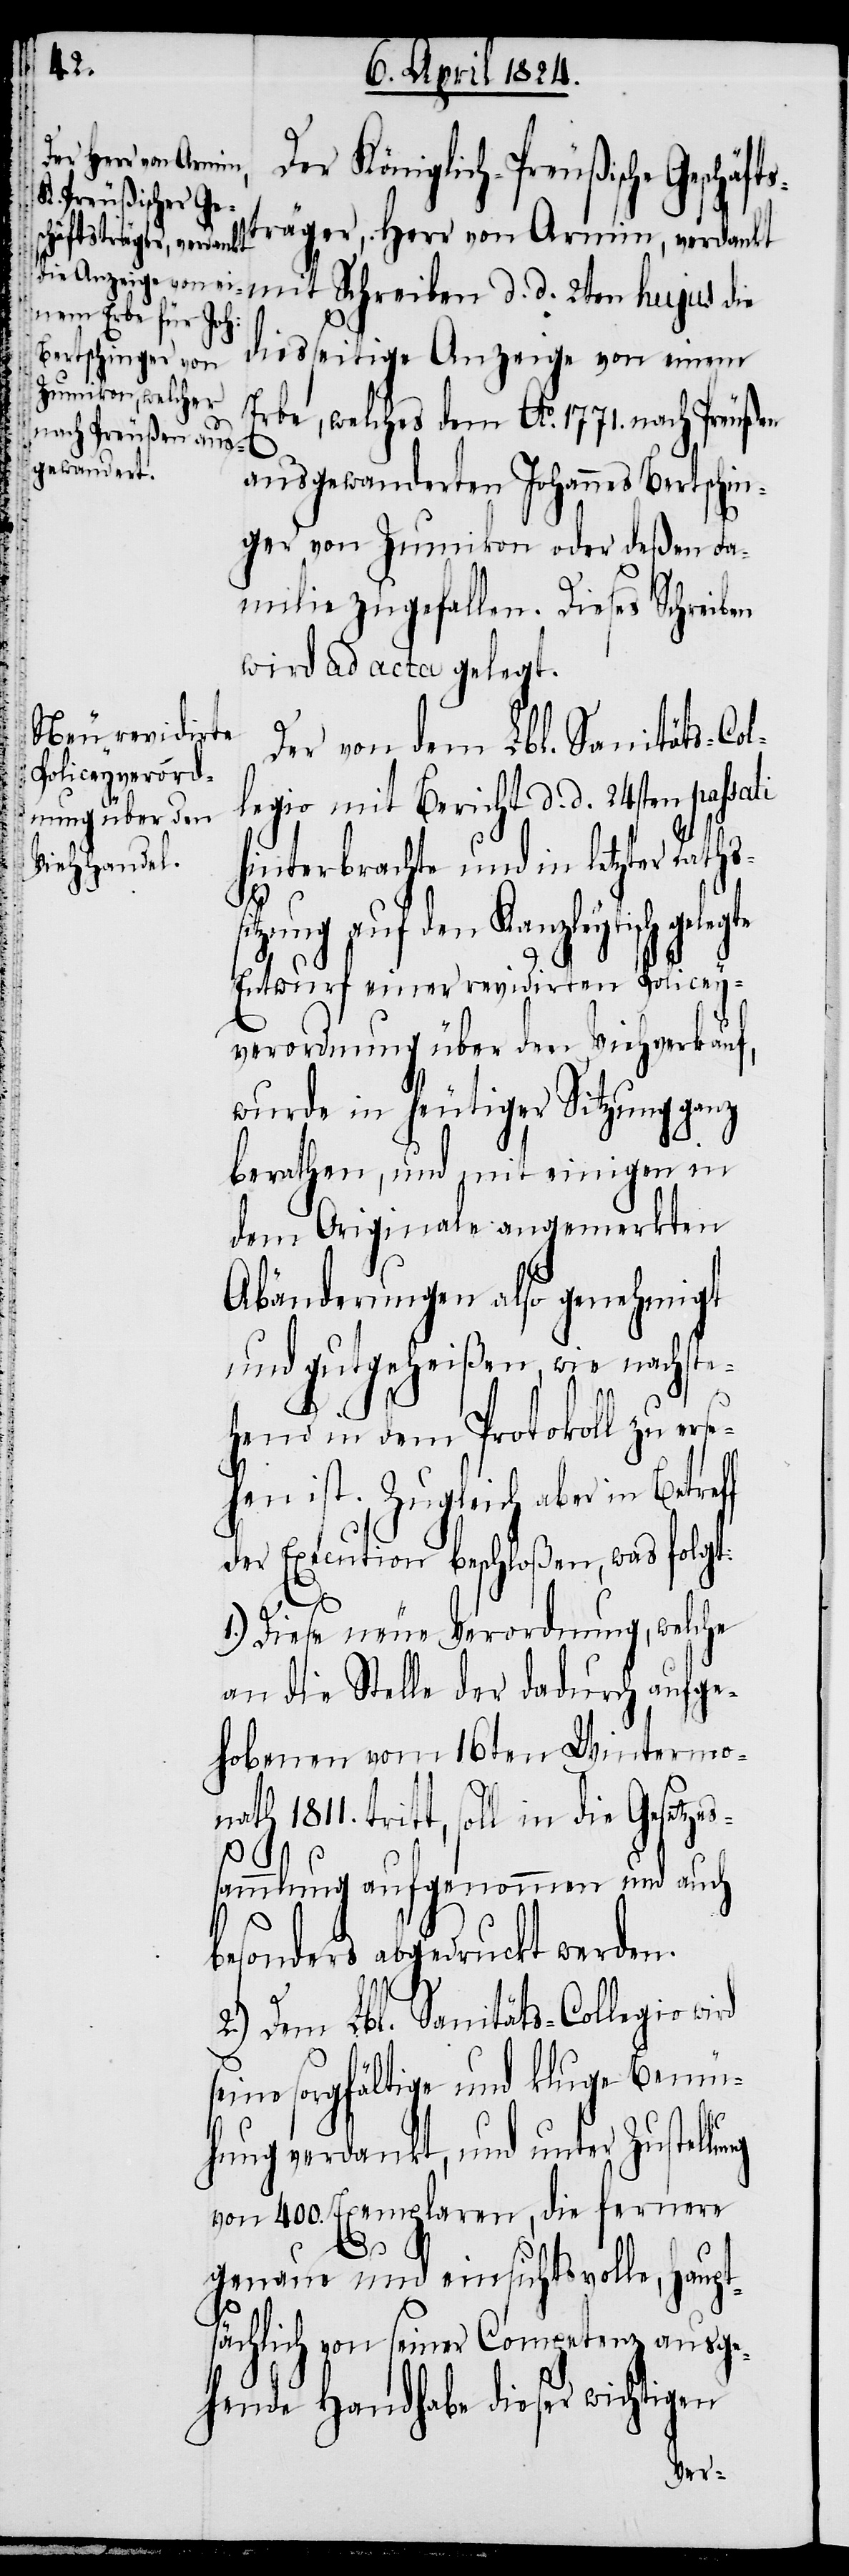
Der Königlich-Preußische Geschäf¬
räger, Herr von Armin, verdankt
mit Schreiben d. d. 2ten hujus die
diesseitige Anzeige von einem
Erbe, welches dem Ao. 1771. nach Preußen
ausgewanderten Johannes Bertschin¬
ger von Zumikon oder deßen Fa¬
milie zugefallen. Dieses Schreiben
wird ad acta gelegt.
Der von dem Lbl. Sanitäts-Col¬
legio mit Bericht d. d. 24sten passati
hinterbrachte und in letzter Rath¬
tzung auf den Kanzleytisch
Entwurf einer revidirten Policey¬
verordnung über den Viehverkauf,
wurde in heutiger Sitzung ganz
berathen, und mit einigen in
dem Originale angemerkten
Abänderungen also genehmigt
und gutgeheißen, wie nachste¬
hend in dem Protokoll zu er¬
en ist. Zugleich aber in
der Execution beschloßen, was folgt:
Diese neue Verordnung, welche
an die Stelle der dadurch aufge¬
hobenen vom 16ten Wintermo¬
tritt, soll in die Gesetzes¬
s¬
sammlung aufgenommen und auch
besonders abgedruckt werden.
2.) Dem Lbl. Sanitäts-Collegio wi¬
seine sorgfältige und kluge Bemü¬
hung verdankt, und unter Zustel¬
von 400. Exemplaren, die fernere
lung
genaue und einsichtsvolle, haupt¬
sächlich von seiner Competenz ausge¬
hende Handhabe dieser wichtigen